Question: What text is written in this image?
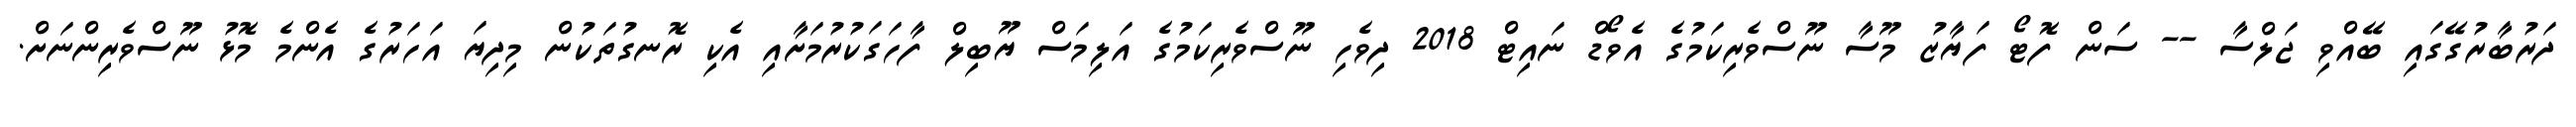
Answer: ދަރުބާރުގޭގައި ބޭއްވި ޖަލްސާ -- ސަން ފޮޓޯ ފަޔާޒު މޫސާ ނޫސްވެރިކަމުގެ އެވޯޑް ނައިޓް 2018 ދިވެހި ނޫސްވެރިކަމުގެ އަލިމަސް ޔޫބިލް ފާހަގަކުރުމަށާއި އެކި ރޮނގުތަކުން މިދިޔަ އަހަރުގެ އެންމެ މޮޅު ނޫސްވެރިންނަށް.